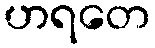
ဟရတေ